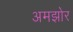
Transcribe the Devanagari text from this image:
अमझोर